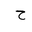
Letter: _ha